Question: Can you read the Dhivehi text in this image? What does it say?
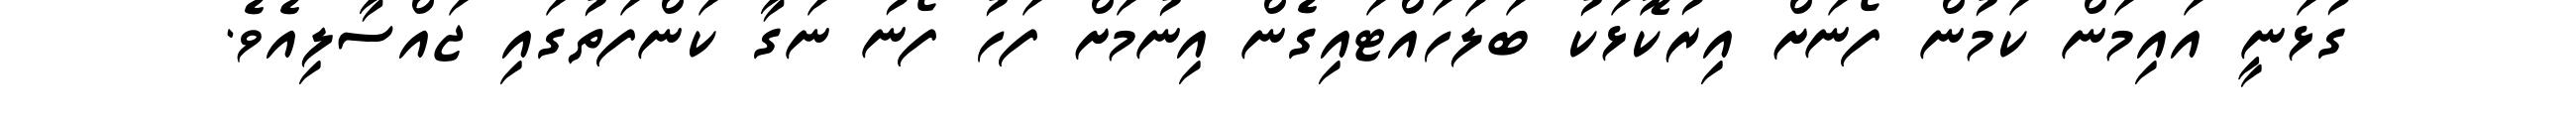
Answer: ގުޅަނީ އައިމަން ކަމުން ފޯނަށް އިރުކޮޅަކު ބަލަހައްޓައިގެން އިނުމަށް ފަހު ފޯނު ނަގާ ކަންފަތުގައި ޖައްސާލިއެވެ.